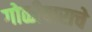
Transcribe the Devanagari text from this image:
गोळीबाराचे